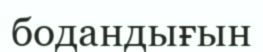
бодандығын